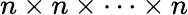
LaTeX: n\times n\times\cdots\times n